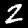
Label: 2